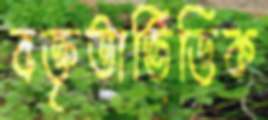
বক্তৃতাভিত্তিক